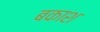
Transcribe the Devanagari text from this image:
बकाश